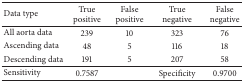
<table><thead><tr><td><b>Data type</b></td><td><b>True positive</b></td><td><b>False positive</b></td><td><b>True negative</b></td><td><b>False negative</b></td></tr></thead><tbody><tr><td>All aorta data</td><td>239</td><td>10</td><td>323</td><td>76</td></tr><tr><td>Ascending data</td><td>48</td><td>5</td><td>116</td><td>18</td></tr><tr><td>Descending data</td><td>191</td><td>5</td><td>207</td><td>58</td></tr><tr><td>Sensitivity</td><td>0.7587</td><td>[EMPTY_CELL]</td><td>Specificity</td><td>0.9700</td></tr></tbody></table>